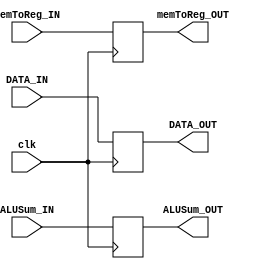
`timescale 1ns/1ps
//////////////////////////////////////////////////////////////////////////////////
// Company: SCU
//
// Design Name: pipeline_buffer
// Module Name: IF_ID, ID_EX, EX_MEM, MEM_WB
// Project Name: lab4
// Target Devices:
// Tool Versions:
// Description: Buffer for a CPU pipeline
//////////////////////////////////////////////////////////////////////////////////

module MEM_WB (
    input [31:0] DATA_IN, ALUSum_IN,
    input memToReg_IN,
    input clk,
    /////////////////////////////////////////////////////////////////
    output reg [31:0] DATA_OUT, ALUSum_OUT,
    output reg memToReg_OUT
);

    always @(negedge clk)
    begin
        DATA_OUT = DATA_IN;
        ALUSum_OUT = ALUSum_IN;
        memToReg_OUT = memToReg_IN;
    end
endmodule